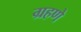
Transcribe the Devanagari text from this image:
ग्रहणे